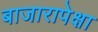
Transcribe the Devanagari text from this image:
बाजारापेक्षा